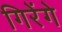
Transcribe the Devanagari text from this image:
गिरेंगे